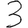
Digit: 3